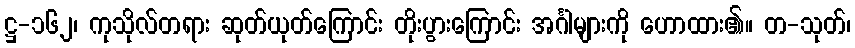
ဋ္ဌ-၁၆၂၊ ကုသိုလ်တရား ဆုတ်ယုတ်ကြောင်း တိုးပွားကြောင်း အင်္ဂါများကို ဟောထား၏။ တ-သုတ်၊